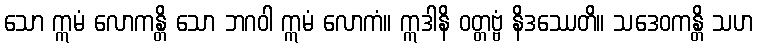
သော ဣမံ လောကန္တိ သော ဘဂဝါ ဣမံ လောကံ။ ဣဒါနိ ဝတ္တဗ္ဗံ နိဒဿေတိ။ သဒေဝကန္တိ သဟ